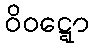
ဝိဝဋ္ဋော